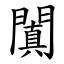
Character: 闐